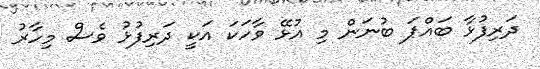
ދަރިފުޅާ ބައްޕަ ބުނަން މި އުޅޭ ވާހަކަ އަކީ ދަރިފުޅު ވެސް މިހާރު